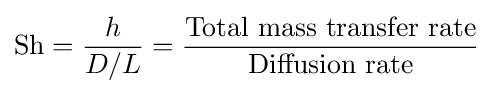
\mathrm {Sh} ={\frac {h}{D/L}}={\frac {\mbox{Total mass transfer rate}}{\mbox{Diffusion rate}}}